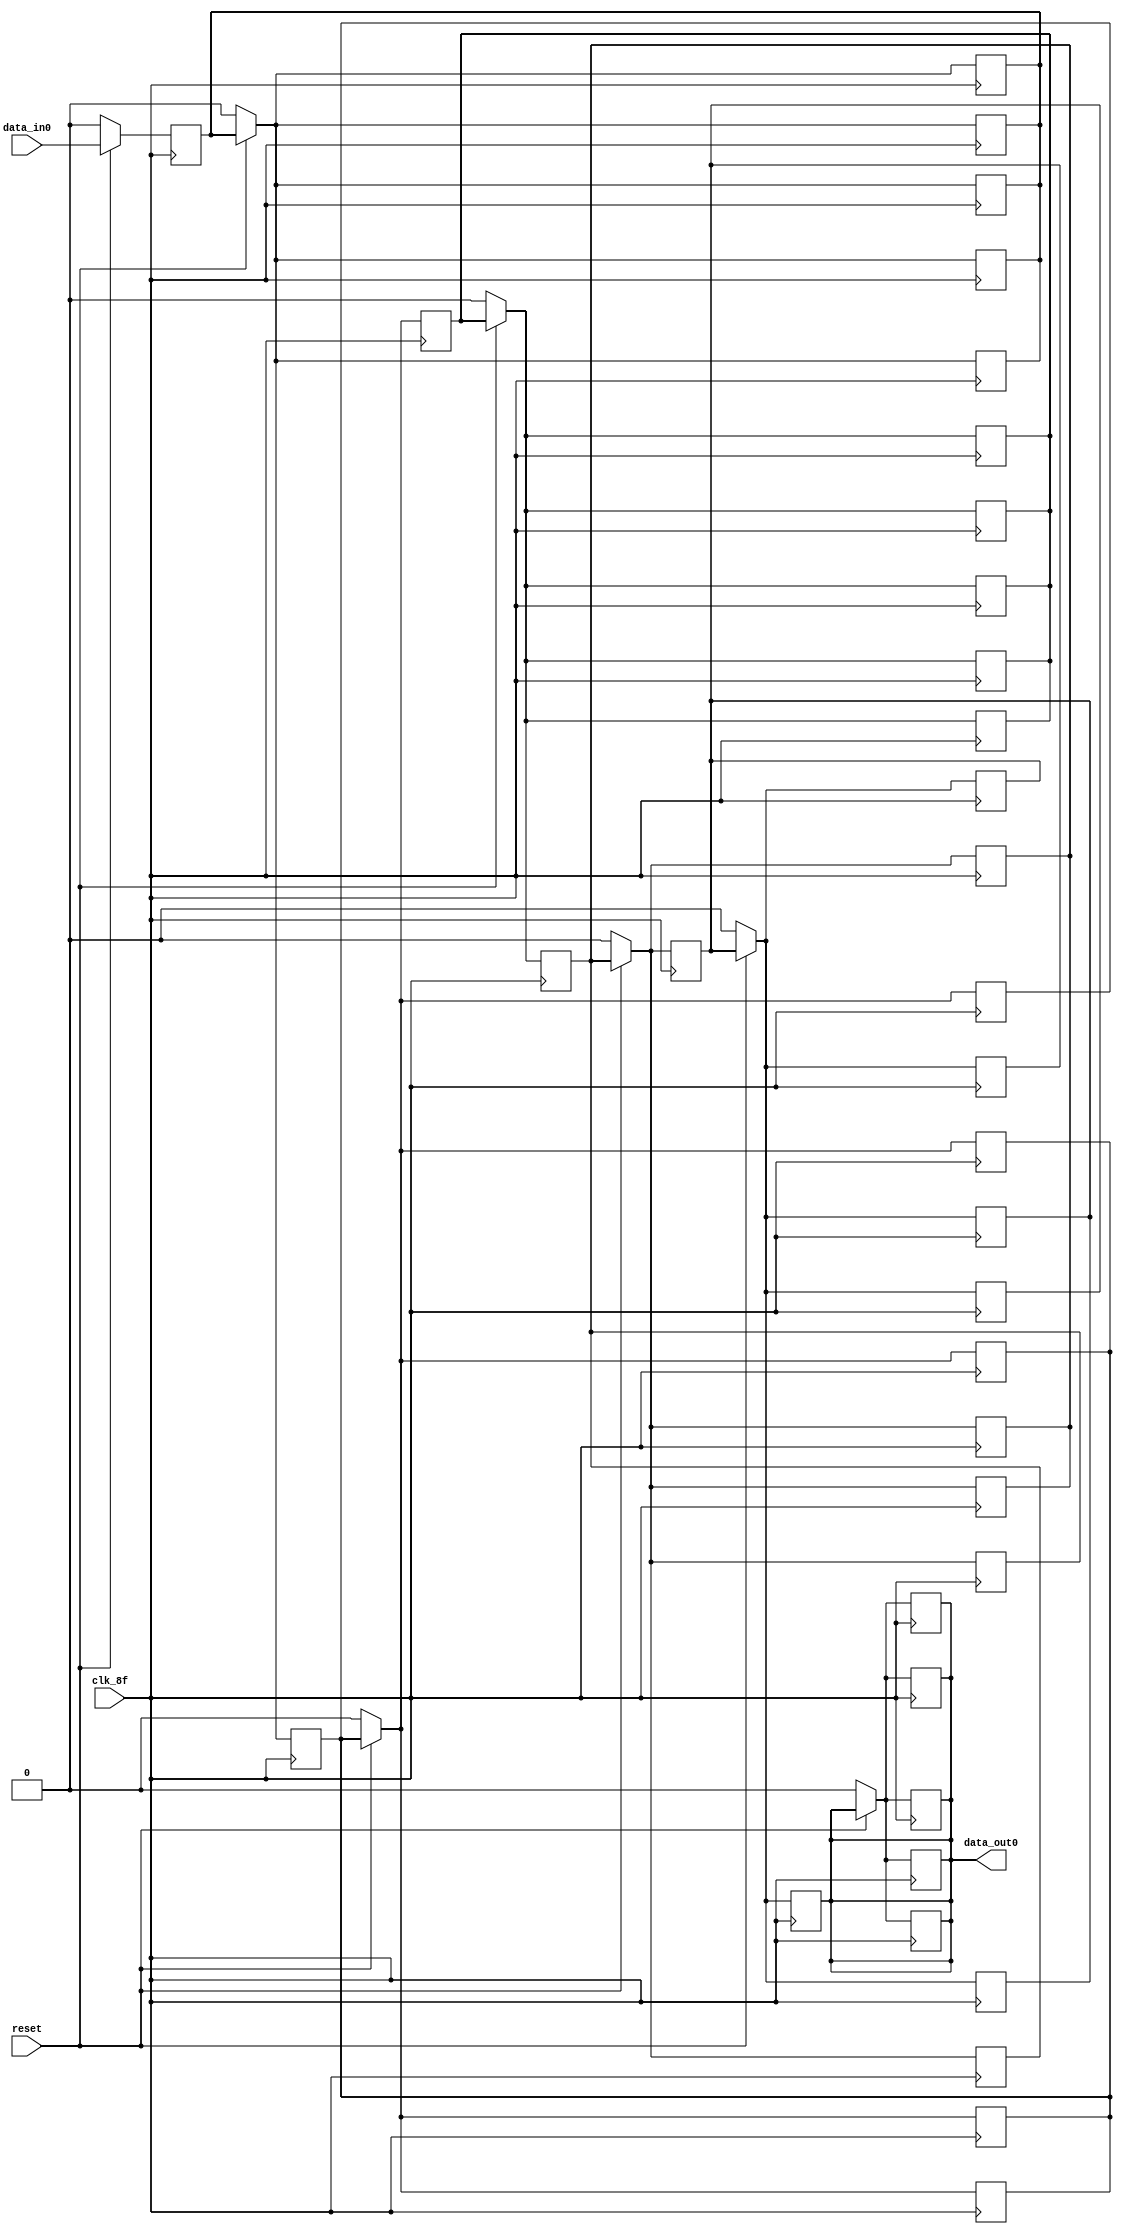
   module flops_rx (
                      input      data_in0,
                       output reg data_out0,
                      input            clk_8f,
                      input            reset
                      );
  reg data_out01,data_out02, data_out03, data_out04,data_out05,data_out06,data_out07,data_out08,data_out09;
   always @ (posedge clk_8f) begin
      if (!reset) begin
         data_out0 <= 0;
         data_out01 <= 0;
         data_out02 <= 0;
         data_out03 <= 0;
         data_out04 <= 0;
         data_out05 <= 0;
      end else begin
         data_out01 <= data_in0;
      end
   end
   always @ (posedge clk_8f) begin
      if (!reset) begin
         data_out0 <= 0;
         data_out01 <= 0;
         data_out02 <= 0;
         data_out03 <= 0;
         data_out04 <= 0;
         data_out05 <= 0;
      end else begin
         data_out02 <= data_out01;
      end
   end
   always @ (posedge clk_8f) begin
      if (!reset) begin
         data_out0 <= 0;
         data_out01 <= 0;
         data_out02 <= 0;
         data_out03 <= 0;
         data_out04 <= 0;
         data_out05 <= 0;
      end else begin
         data_out03 <= data_out02;
      end
   end
   always @ (posedge clk_8f) begin
      if (!reset) begin
         data_out0 <= 0;
         data_out01 <= 0;
         data_out02 <= 0;
         data_out03 <= 0;
         data_out04 <= 0;
         data_out05 <= 0;
      end else begin
         data_out04 <= data_out03;
      end
   end
   always @ (posedge clk_8f) begin
      if (!reset) begin
         data_out0 <= 0;
         data_out01 <= 0;
         data_out02 <= 0;
         data_out03 <= 0;
         data_out04 <= 0;
         data_out05 <= 0;
      end else begin
         data_out05 <= data_out04;
      end
   end
   always @ (posedge clk_8f) begin
      if (!reset) begin
         data_out0 <= 0;
         data_out01 <= 0;
         data_out02 <= 0;
         data_out03 <= 0;
         data_out04 <= 0;
         data_out05 <= 0;
      end else begin
         data_out0 <= data_out05;
      end
   end
   // always @ (posedge clk_8f) begin
   //    if (!reset) begin
   //       data_out0 <= 0;
   //       data_out01 <= 0;
   //       data_out02 <= 0;
   //       data_out03 <= 0;
   //       data_out04 <= 0;
   //       data_out05 <= 0;
   //    end else begin
   //       data_out07 <= data_out06;
   //    end
   // end
   // always @ (posedge clk_8f) begin
   //    if (!reset) begin
   //       data_out0 <= 0;
   //       data_out01 <= 0;
   //       data_out02 <= 0;
   //       data_out03 <= 0;
   //       data_out04 <= 0;
   //       data_out05 <= 0;
   //    end else begin
   //       data_out08 <= data_out07;
   //    end
   // end
   // always @ (posedge clk_8f) begin
   //    if (!reset) begin
   //       data_out0 <= 0;
   //       data_out01 <= 0;
   //       data_out02 <= 0;
   //       data_out03 <= 0;
   //       data_out04 <= 0;
   //       data_out05 <= 0;
   //    end else begin
   //       data_out09 <= data_out08;
   //    end
   // end
   // always @ (posedge clk_8f) begin
   //    if (!reset) begin
   //       data_out0 <= 0;
   //       data_out01 <= 0;
   //       data_out02 <= 0;
   //       data_out03 <= 0;
   //       data_out04 <= 0;
   //       data_out05 <= 0;
   //    end else begin
   //       data_out0 <= data_out09;
   //    end
   // end
endmodule